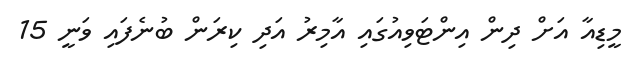
މީޑިއާ އަށް ދިން އިންޓަވިއުގައި އާމިރު އަދި ކިރަން ބުނެފައި ވަނީ 15